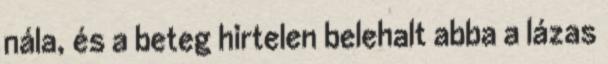
nála, és a beteg hirtelen belehalt abba a lázas